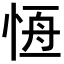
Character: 𢛢